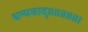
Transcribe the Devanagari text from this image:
धन्यवाद्॥॥॥॥॥।